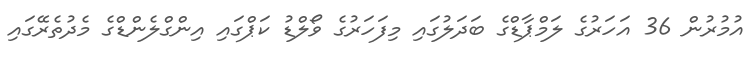
އުމުރުން 36 އަހަރުގެ ލަމްޕާޑްގެ ބަދަލުގައި މިފަހަރުގެ ވޯލްޑު ކަޕްގައި އިންގްލެންޑްގެ މެދުތެރޭގައި